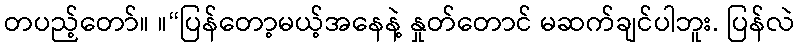
တပည့်တော်။ ။“ပြန်တော့မယ့်အနေနဲ့ နှုတ်တောင် မဆက်ချင်ပါဘူး. ပြန်လဲ